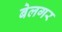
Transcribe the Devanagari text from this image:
बेलगर